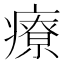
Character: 療